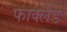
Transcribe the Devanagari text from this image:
फाक्लैंड